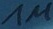
Text: 1M